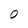
Character: O